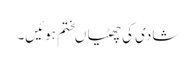
شادی کی چھٹیاںختم ہوئیں۔